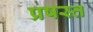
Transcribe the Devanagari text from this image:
प्रषस्त